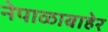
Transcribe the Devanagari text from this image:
नेपाळाबाहेर